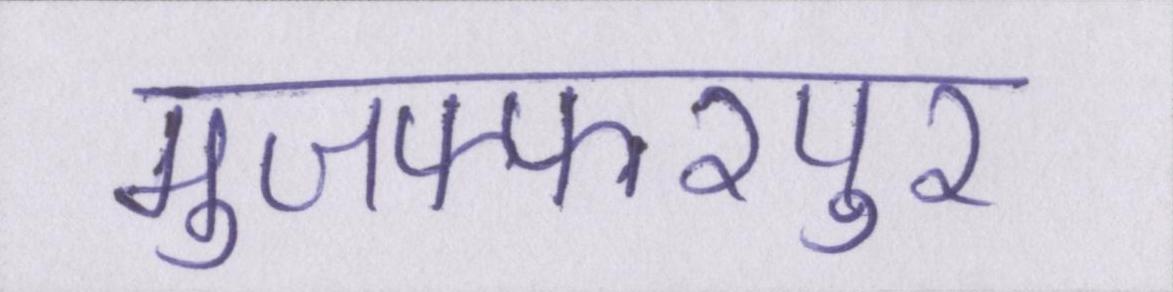
मुजफ्फरपुर